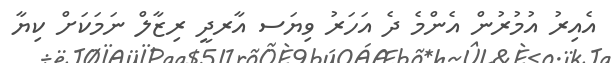
އެއިރު އުމުރުން އެންމެ ދެ އަހަރު ވިޔަސ އާރދީ ރިޒާލް ނަމަކަށް ކިޔާ